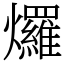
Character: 𤓓